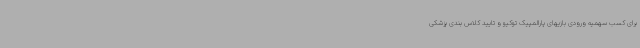
برای کسب سهمیه ورودی بازیهای پارالمپیک توکیو و تایید کلاس بندی پزشکی